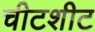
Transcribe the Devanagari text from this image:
चीटशीट